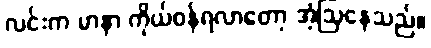
လင်းက မာနာ ကိုယ်ဝန်ရလာတော့ အံ့ဩနေသည်။